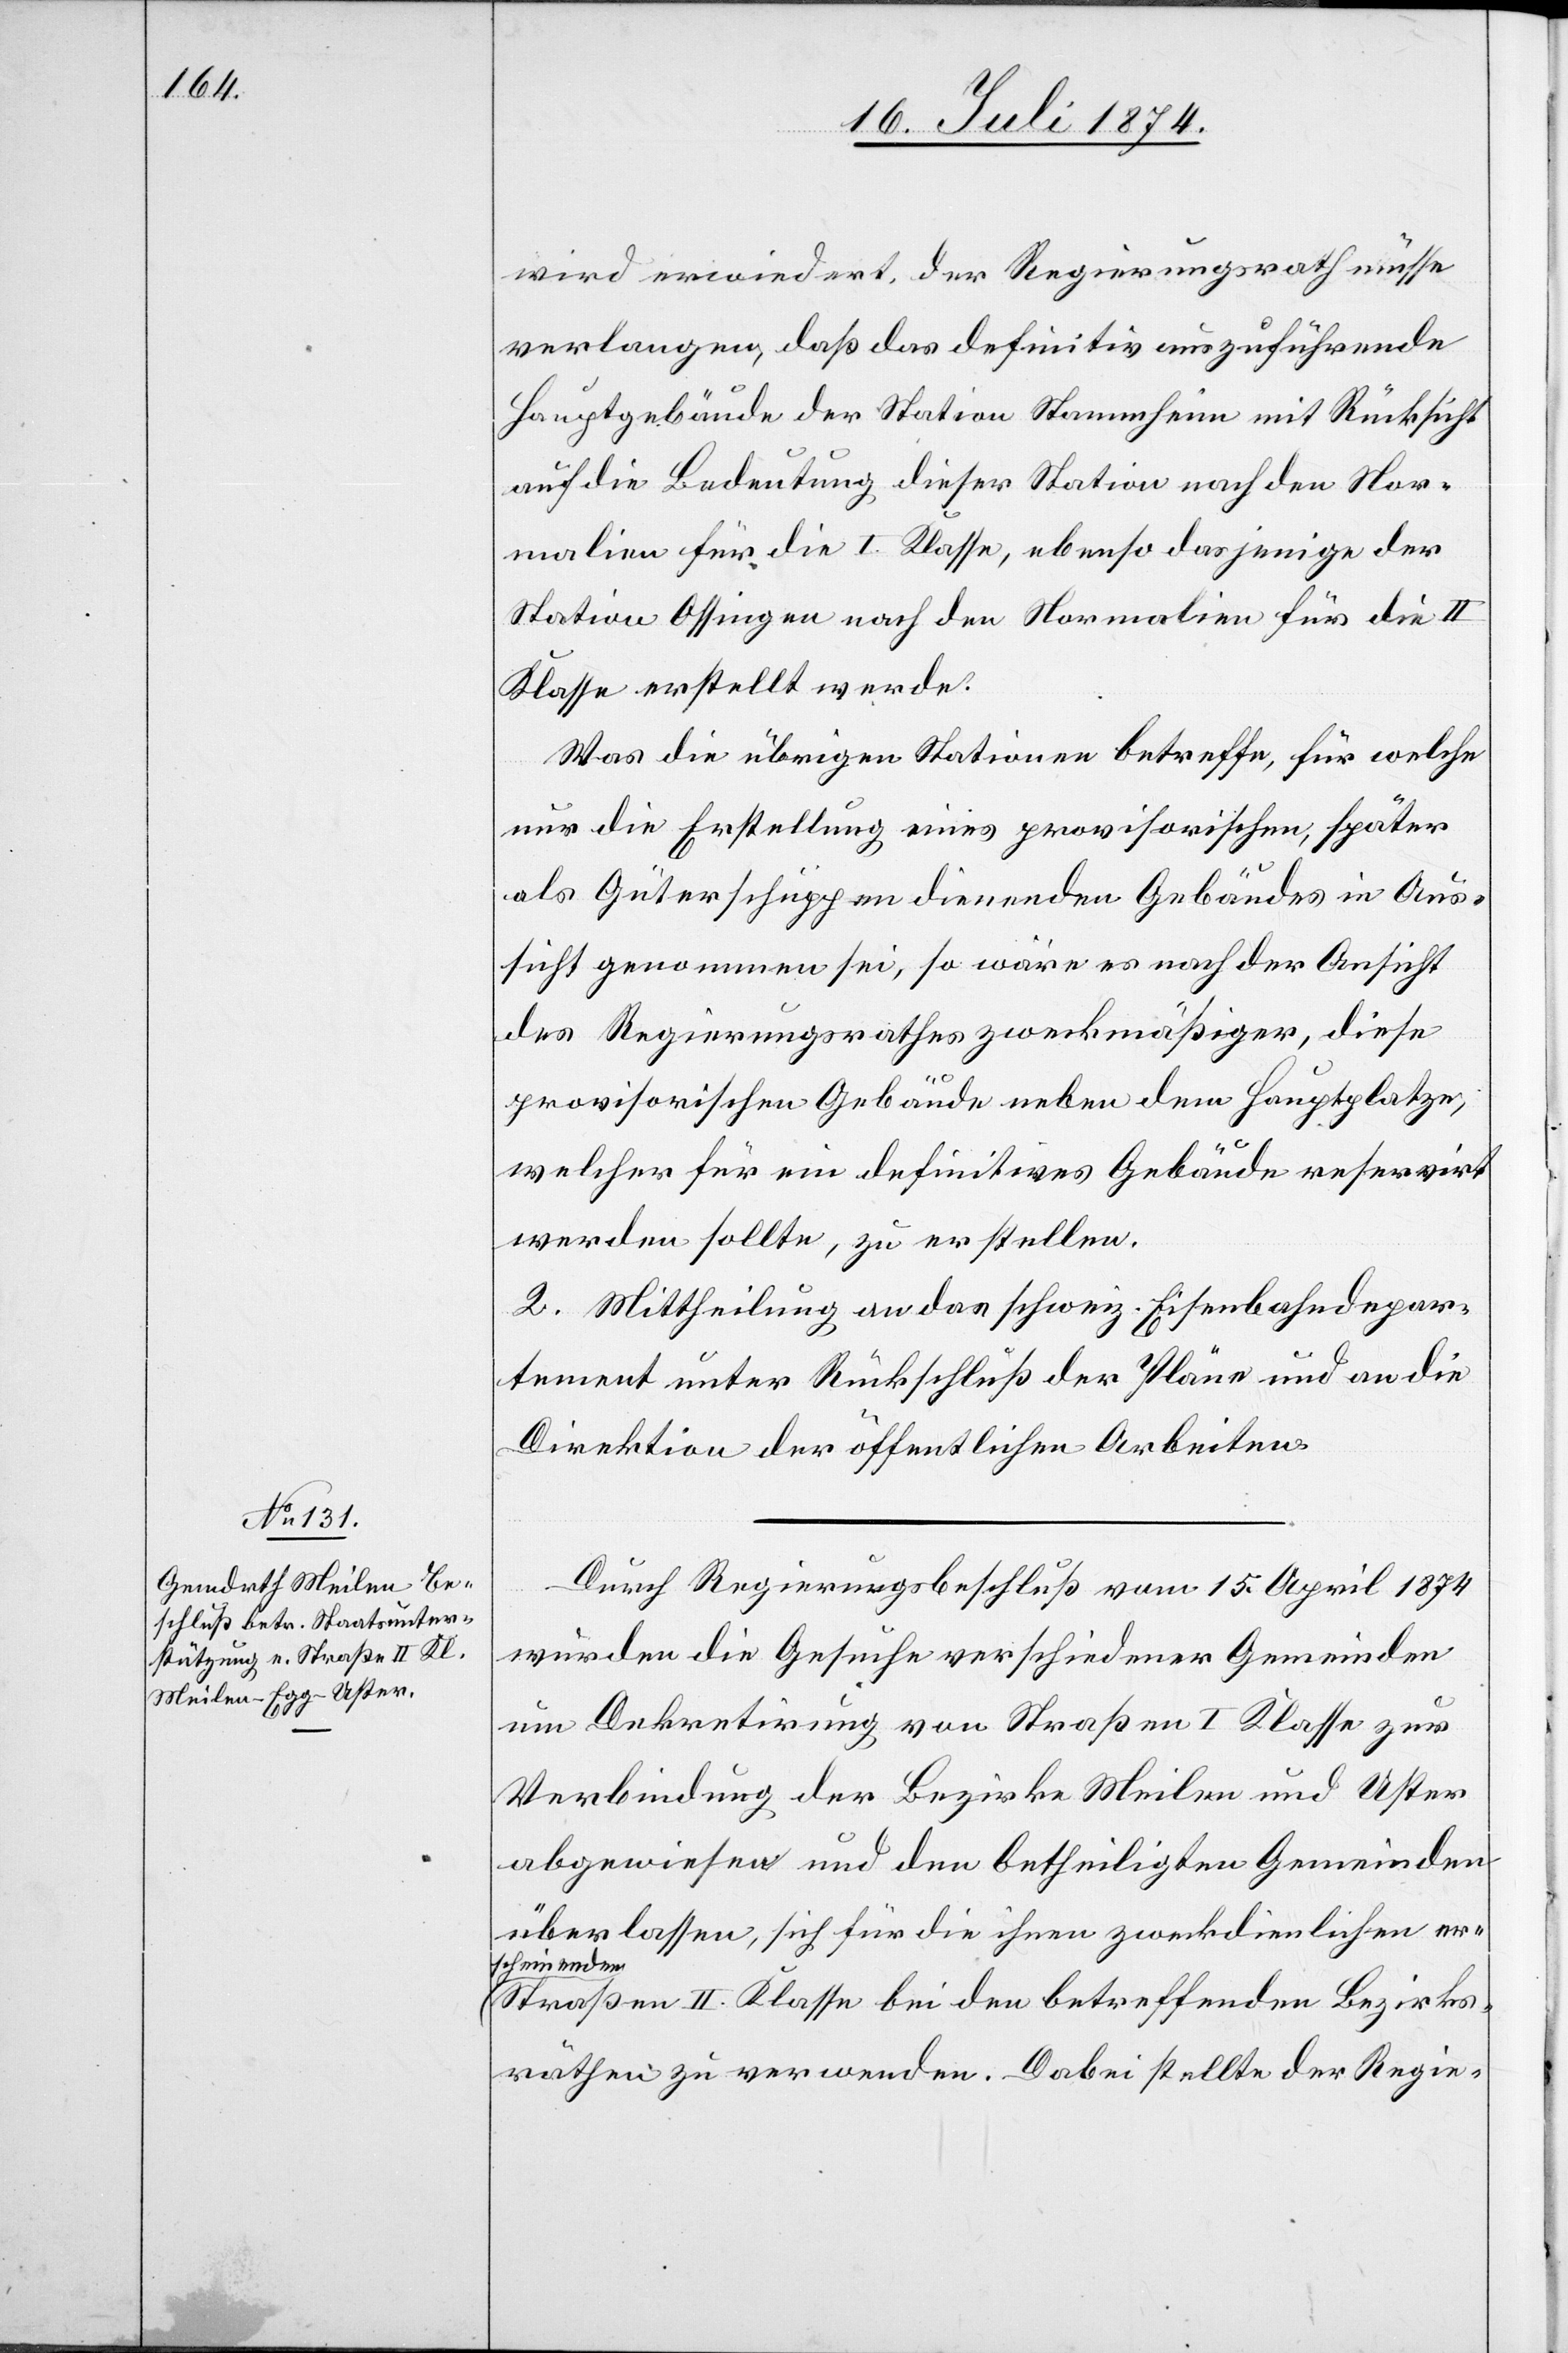
wird erwiedert, der Regierungsrath müsse
verlangen, daß das definitiv auszuführende
Hauptgebäude der Station Stammheim mit Rücksicht
auf die Bedeutung dieser Station nach den Nor¬
malien für die I. Klasse, ebenso dasjenige der
Station Ossingen nach den Normalien für die II.
Klasse erstellt werde.
Was die übrigen Stationen betreffe, für welche
nur die Erstellung eines provisorischen, später
als Güterschuppen dienenden Gebäudes in Aus¬
sicht genommen sei, so wäre es nach der Ansicht
des Regierungsrathes zweckmäßiger, diese
provisorischen Gebäude neben dem Hauptplatze,
welcher für ein definitives Gebäude reservirt
werden sollte, zu erstellen.
2. Mittheilung an das schweiz. Eisenbahndepar¬
tement unter Rückschluß der Pläne und an die
Direktion der öffentlichen Arbeiten.
Durch Regierungsbeschluß vom 15. April 1874
wurden die Gesuche verschiedener Gemeinden
um Dekretirung von Straßen I. Klasse zur
Verbindung der Bezirke Meilen und Uster
abgewiesen und den betheiligten Gemeinden
überlasen, sich für die ihnen zweckdienlichen
erscheinenden
Straßen II. KIasse bei den betreffenden Bezirks¬
räthen zu verwenden. Dabei stellte der Regie-